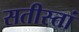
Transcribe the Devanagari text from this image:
सतीस्तां